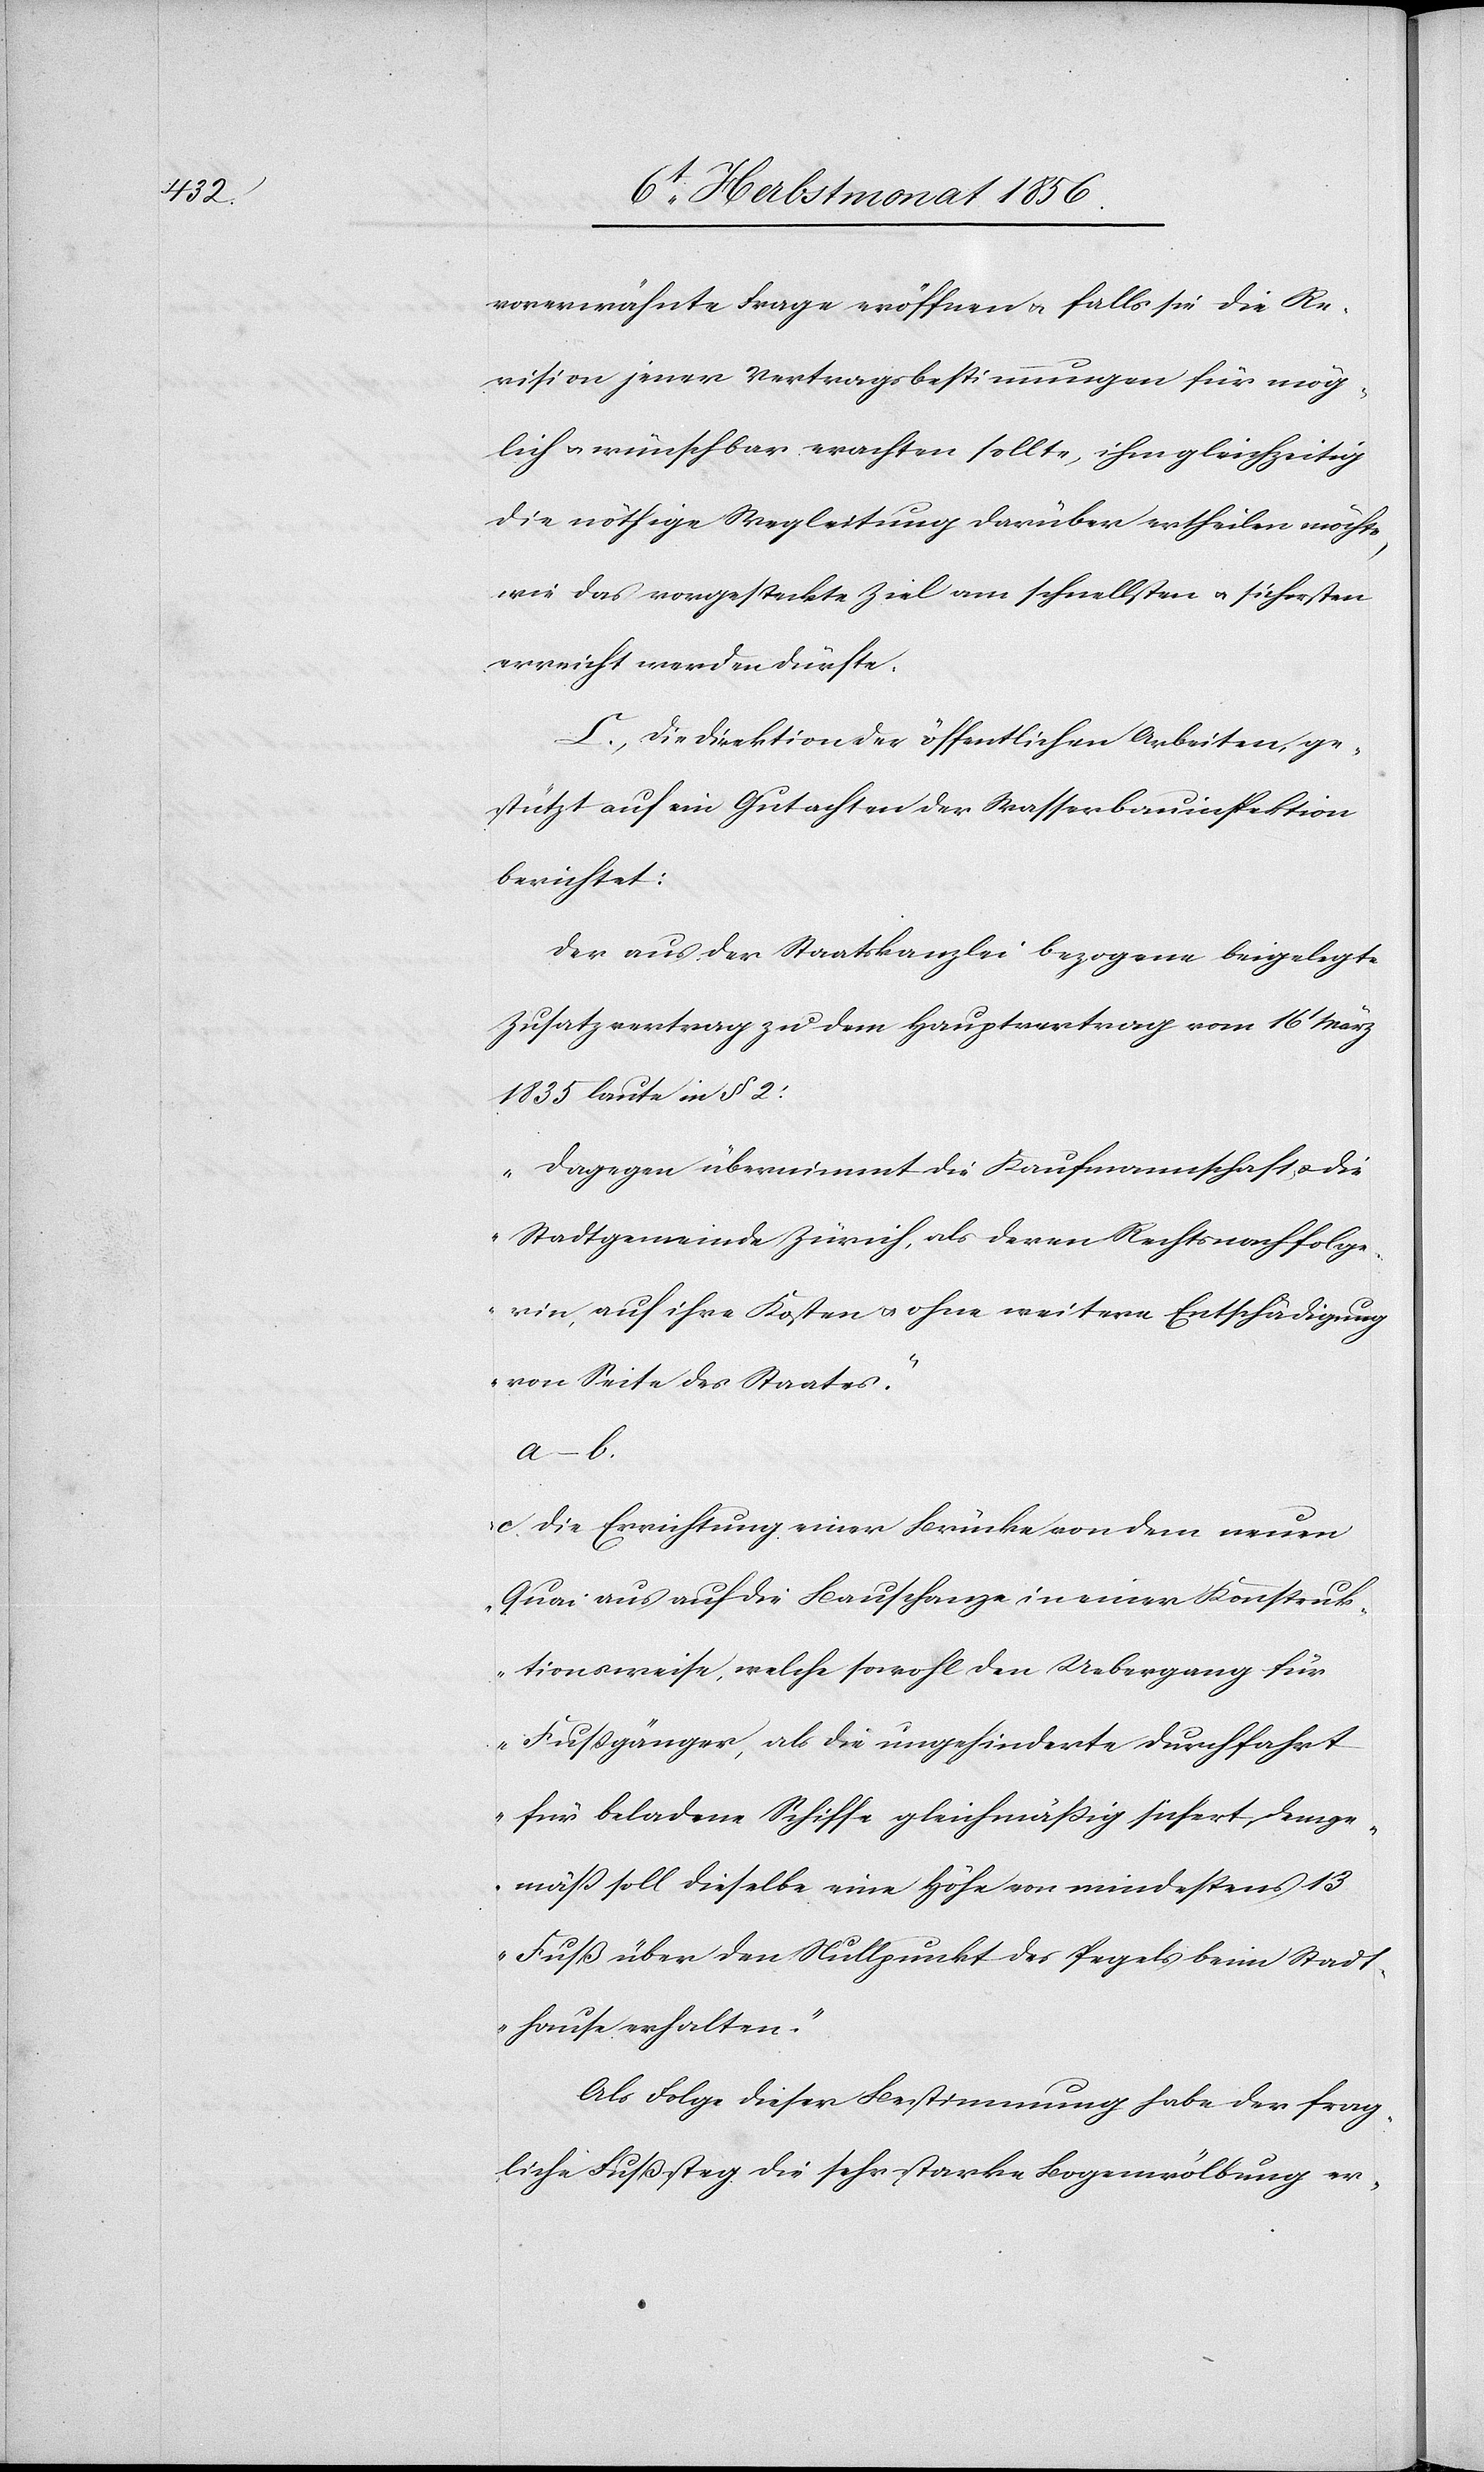
vorerwähnte Frage eröffnen u. falls sie die Re¬
vision jener Vertragsbestimmungen für mög¬
lich u. wünschbar erachten sollte, ihm gleichzeitig
die nöthige Wegleitung darüber ertheilen möchte,
wie das vorgesteckte Ziel am schnellsten u. sichersten
erreicht werden dürfte.
C. Die Direktion der öffentlichen Arbeiten, ge¬
stützt auf ein Gutachten der Wasserbauinspektion
berichtet:
Der aus der Staatskanzlei bezogene beigelegte
Zusatzvertrag zu dem Hauptvertrag vom 16t März
1835 laute in § 2:
„Dagegen übernimmt die Kaufmannschaft u. die
Stadtgemeinde Zürich, als deren Rechtsnachfolge¬
rin, auf ihre Kosten u. ohne weitere Entschädigung
von Seite des Staates."
a–b.
„c. Die Errichtung einer Brücke von dem neuen
Quai aus auf die Bauschanze in einer Konstruk¬
tionsweise, welche sowohl den Uebergang für
Fussgänger, als die ungehinderte Durchfahrt
für beladene Schiffe gleichmässig sichert, demge¬
mäss soll dieselbe eine Höhe von mindestens 13
Fuß über den Nullpunkt des Pegels beim Stadt¬
hause erhalten.”
Als Folge dieser Bestimmung habe der frag¬
liche Fußsteg die sehr starke Bogenwölbung er-